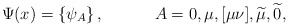
\begin{align*}\Psi (x)=\left\{ \psi _A\right\} ,\hspace{0.5in}A=0,\mu ,[\mu \nu], \widetilde{\mu },\widetilde{0} , \end{align*}